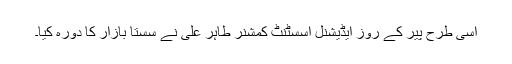
اسی طرح پیر کے روز ایڈیشنل اسسٹنٹ کمشنر طاہر علی نے سستا بازار کا دورہ کیا۔